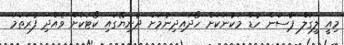
މިއީ ލީގަލް ޕާސަން ހުޑް މަކުނަކަށް ހޯދައިދިނުމަށް ދުނިޔޭގައި ކޯޓަަކަށް ވެއްދި ފުރަތަމަ